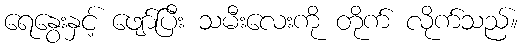
ရေနွေးနှင့် ဖျော်ပြီး သမီးလေးကို တိုက် လိုက်သည်။